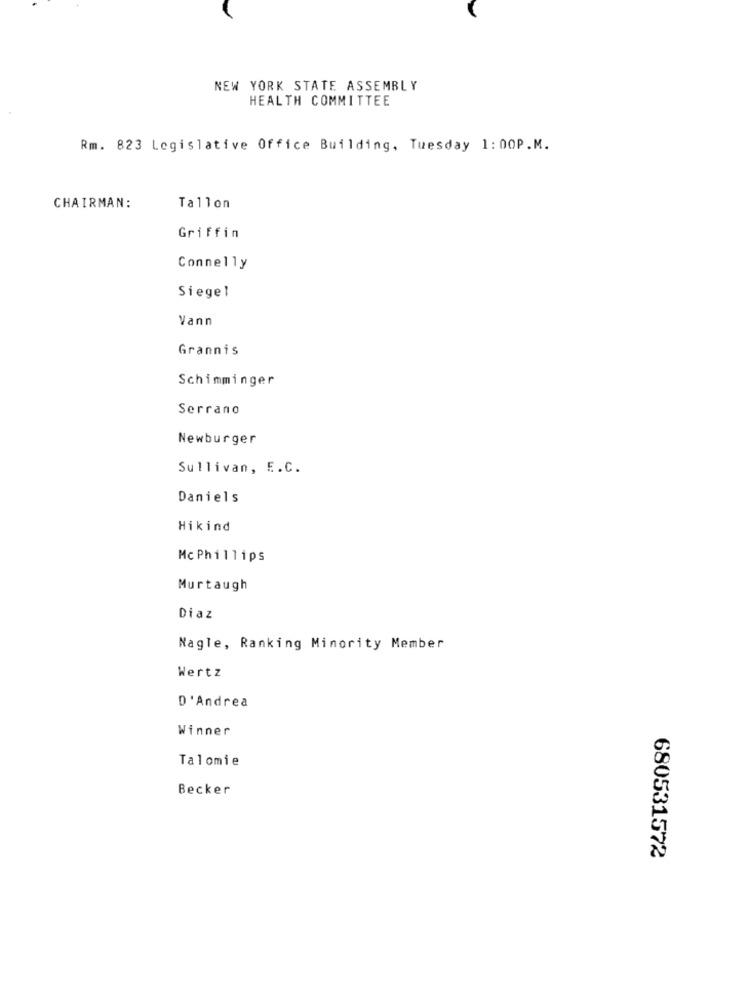
NEW YORK STATE ASSEMBLY
HEALTH COMMITTEE
Rm. 823 Legislative Office Building, Tuesday 1:00P.M.
CHAIRMAN:
Tallon
Griffin
Connelly
Siegel
Vann
Grannis
Schimminger
Serrano
Newburger
Sullivan, E.C.
Daniels
Hikind
Mc Phillips
Murtaugh
Diaz
Nagle, Ranking Minority Member
Wertz
D'Andrea
Winner
Talomie
Becker
680531572